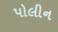
પોલીન